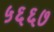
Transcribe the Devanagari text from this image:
५६६७